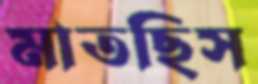
মাতছিস